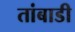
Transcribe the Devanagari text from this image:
तांबाडी